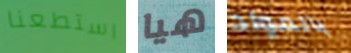
استطعنا هيا بالمواد